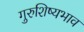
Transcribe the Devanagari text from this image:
गुरुशिष्यभाव